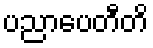
ပညာပေတီတိ